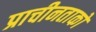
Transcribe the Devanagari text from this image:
प्राचीनताको